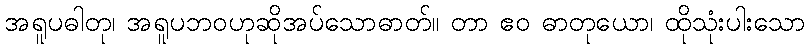
အရူပဓါတု၊ အရူပဘဝဟုဆိုအပ်သောဓာတ်။ တာ ဧဝ ဓာတုယော၊ ထိုသုံးပါးသော